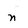
Character: n